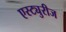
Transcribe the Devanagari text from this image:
एस्ट्युरीज